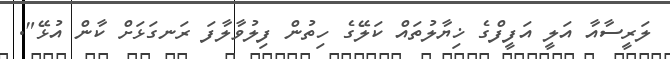
ލަރީސާއާ އަލީ އަފީފްގެ ޚިޔާލުތައް ކަލޭގެ ހިތުން ފިލުވާލާފަ ރަނގަޅަށް ކާން އުޅޭ".